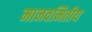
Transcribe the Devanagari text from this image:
मानवमितीय